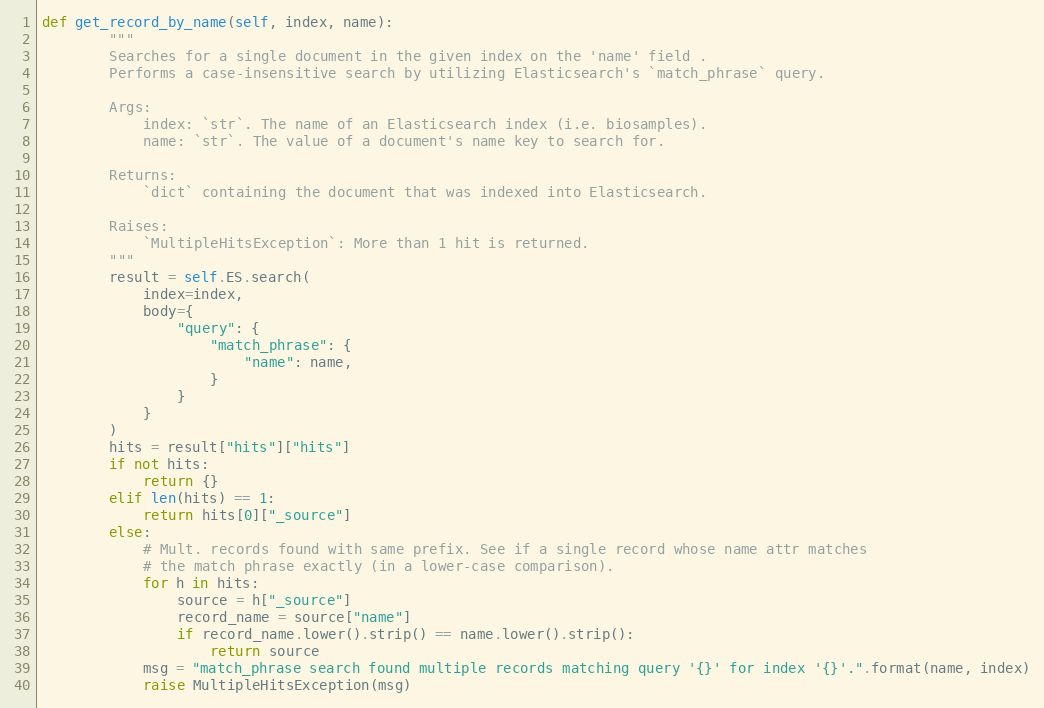
Language: Python
def get_record_by_name(self, index, name):
        """
        Searches for a single document in the given index on the 'name' field .
        Performs a case-insensitive search by utilizing Elasticsearch's `match_phrase` query.

        Args:
            index: `str`. The name of an Elasticsearch index (i.e. biosamples).
            name: `str`. The value of a document's name key to search for.

        Returns:
            `dict` containing the document that was indexed into Elasticsearch.

        Raises:
            `MultipleHitsException`: More than 1 hit is returned.
        """
        result = self.ES.search(
            index=index,
            body={
                "query": {
                    "match_phrase": {
                        "name": name,
                    }
                }
            }
        )
        hits = result["hits"]["hits"]
        if not hits:
            return {}
        elif len(hits) == 1:
            return hits[0]["_source"]
        else:
            # Mult. records found with same prefix. See if a single record whose name attr matches
            # the match phrase exactly (in a lower-case comparison).
            for h in hits:
                source = h["_source"]
                record_name = source["name"]
                if record_name.lower().strip() == name.lower().strip():
                    return source
            msg = "match_phrase search found multiple records matching query '{}' for index '{}'.".format(name, index)
            raise MultipleHitsException(msg)